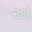
રડો